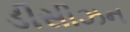
ડીસીઝન